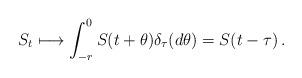
LaTeX: \begin{align*}S_t \longmapsto \int_{-r}^0 S(t+\theta) \delta_\tau (d \theta) = S(t-\tau)\, .\end{align*}